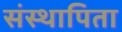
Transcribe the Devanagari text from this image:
संस्थापिता